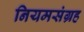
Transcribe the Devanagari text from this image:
नियमसंग्रह